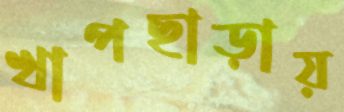
খাপছাড়ায়